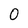
Character: 0